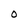
Character: O